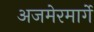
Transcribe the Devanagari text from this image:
अजमेरमार्गे